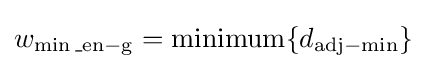
w_{\min {\rm {\_en-g}}}=\operatorname {minimum} \{d_{\mathrm {adj} -\min }\}